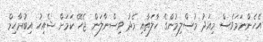
އެހެންނަމަވެސް މިއަދު މުސްލިމުންގެ ހާލަތާއި މެދު ވިސްނާލަން ޖެހޭ ކަމަށް ޝެއިހު އިބުރާހިމް